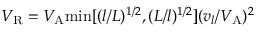
V _ { \mathrm { R } } = V _ { \mathrm { A } } \mathrm { m i n } [ ( l / L ) ^ { 1 / 2 } , ( L / l ) ^ { 1 / 2 } ] ( v _ { l } / V _ { \mathrm { A } } ) ^ { 2 }